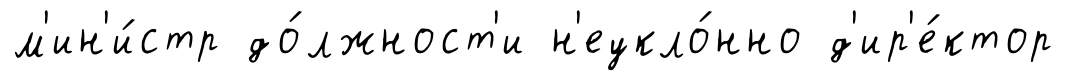
м'ин'и́стр до́лжност'и н'еукло́нно д'ир'е́ктор